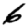
Digit: 6